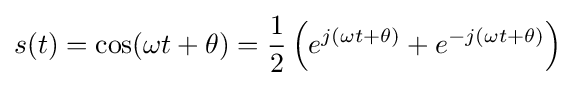
s(t)=\cos(\omega t+\theta )={\frac {1}{2}}\left(e^{j(\omega t+\theta )}+e^{-j(\omega t+\theta )}\right)